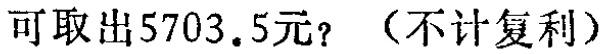
可取出5703.5元？（不计复利）